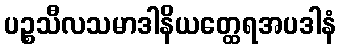
ပဉ္စသီလသမာဒါနိယတ္ထေရအပဒါနံ